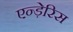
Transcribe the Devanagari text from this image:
एन्ड़ेरिस